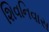
શિવનિવાસ